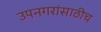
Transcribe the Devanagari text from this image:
उपनगरांसाठीच